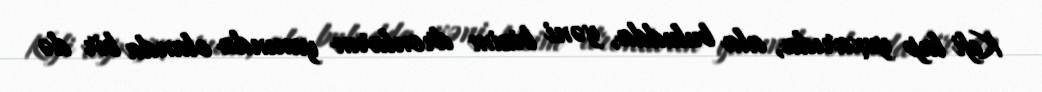
Kefi lap yuxarıda, ala buludda, yəni bizim dronların yanında olanda bir də